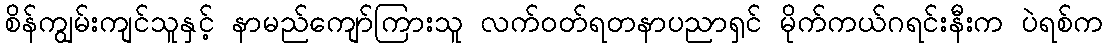
စိန်ကျွမ်းကျင်သူနှင့် နာမည်ကျော်ကြားသူ လက်ဝတ်ရတနာပညာရှင် မိုက်ကယ်ဂရင်းနီးက ပဲရစ်က